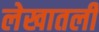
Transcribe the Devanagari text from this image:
लेखातली